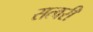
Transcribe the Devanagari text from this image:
सत्वरी